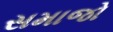
સમાજો